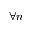
\forall n